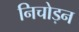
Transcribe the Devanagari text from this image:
निचोड़न